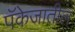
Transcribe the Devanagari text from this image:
पॅकेजातील